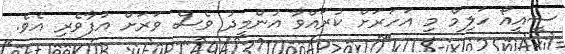
ސީއީއޯ ހަލިމް މި އަހަރަށް ކުރައްވާ އުންމީދު ވެސް ވަރަށް އުފާވެރި އެވެ.